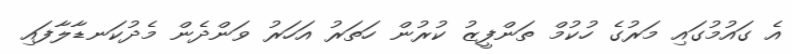
އެ ގައުމުގައި މަރުގެ ހުކުމް ތަންފީޒު ކުރުން ހަތަރު އަހަރު ވަންދެން މެދުކަނޑާލާފައި